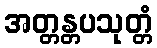
အတ္တန္တပသုတ္တံ